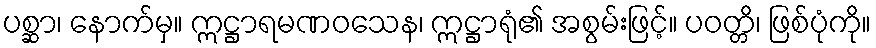
ပစ္ဆာ၊ နောက်မှ။ ဣဋ္ဌာရမဏဝသေန၊ ဣဋ္ဌာရုံ၏ အစွမ်းဖြင့်။ ပဝတ္တိ၊ ဖြစ်ပုံကို။